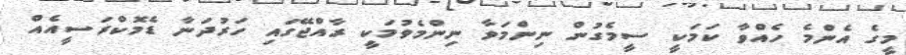
މީގެ އެންމެ ހެއްވާ ކަމަކީ ސީމެގުން ނިންމަވާ ނިންމެވުމަކީ ރާއްޖޭގައި ހަރުދަނާ ޑެމޮކްރަސީއެއް